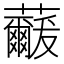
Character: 𮓓